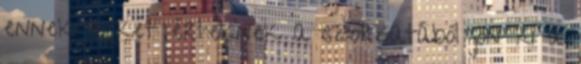
ennek a két értéknek a szorzatából jön ki a